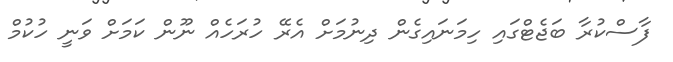
ފާސްކުރާ ބަޖެޓްގައި ހިމަނައިގެން ދިނުމަށް އެރޭ ހުރަހެއް ނޫން ކަމަށް ވަނީ ހުކުމް